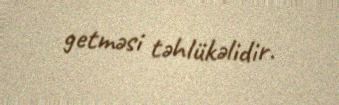
getməsi təhlükəlidir.